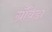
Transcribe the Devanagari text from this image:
ग्रॅविडा